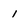
Character: 1